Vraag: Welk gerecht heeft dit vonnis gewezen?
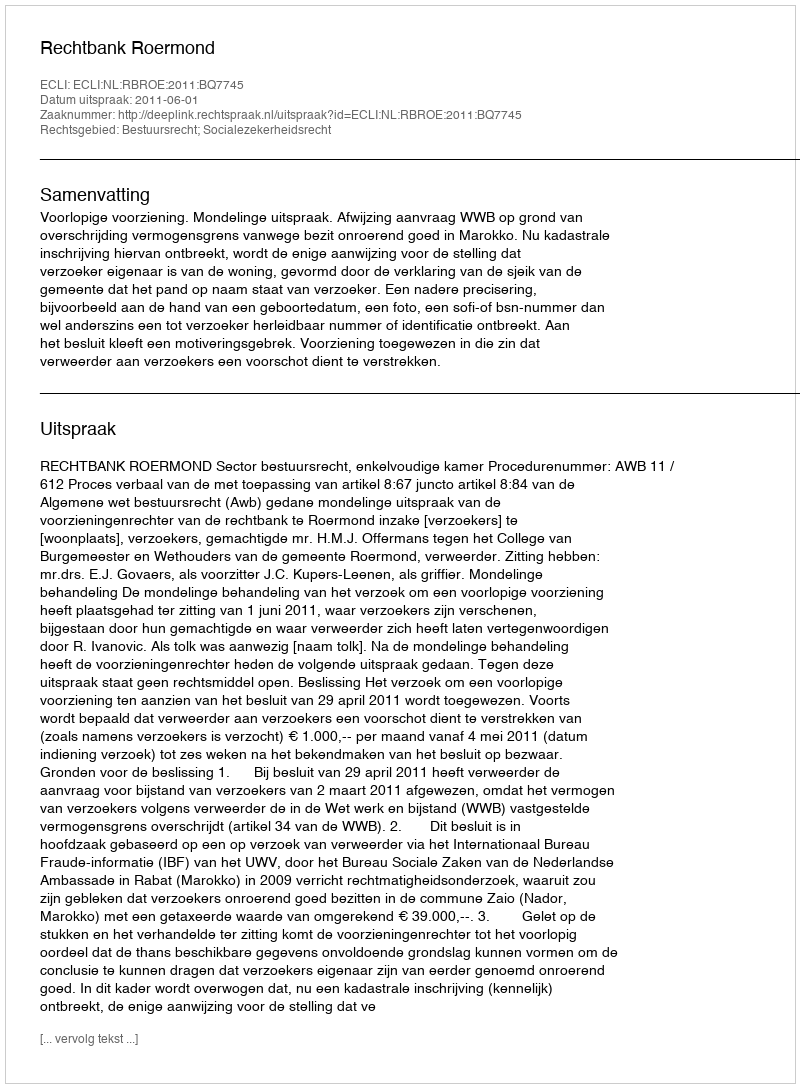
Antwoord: Rechtbank Roermond